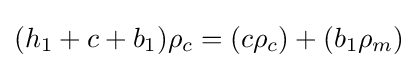
(h_{1}+c+b_{1})\rho _{c}=(c\rho _{c})+(b_{1}\rho _{m})